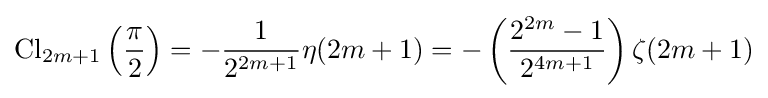
\operatorname {Cl} _{2m+1}\left({\frac {\pi }{2}}\right)=-{\frac {1}{2^{2m+1}}}\eta (2m+1)=-\left({\frac {2^{2m}-1}{2^{4m+1}}}\right)\zeta (2m+1)